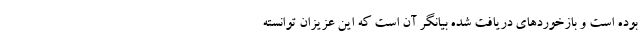
بوده است و بازخوردهای دریافت شده بیانگر آن است که این عزیزان توانسته